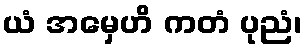
ယံ အမှေဟိ ကတံ ပုညံ၊